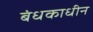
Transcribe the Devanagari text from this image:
बंधकाधीन